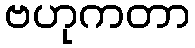
ဗဟုကတာ